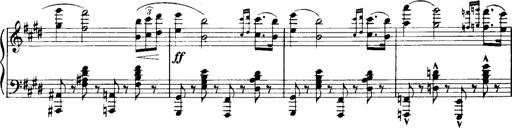
Title: Historische ungarische Bildnisse
Composer: Franz Liszt